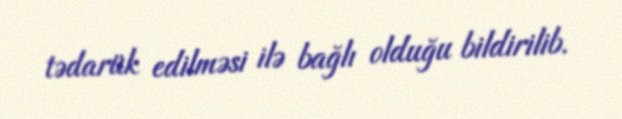
tədarük edilməsi ilə bağlı olduğu bildirilib.